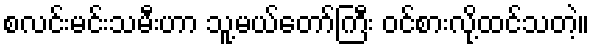
စလင်းမင်းသမီးဟာ သူ့မယ်တော်ကြီး ဝင်စားလို့ထင်သတဲ့။